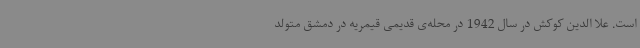
است. علا الدین کوکش در سال 1942 در محله‌ی قدیمی قیمریه در دمشق متولد